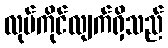
လုပ်ကိုင်လျက်ရှိသည်